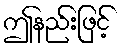
ဤနည်းဖြင့်